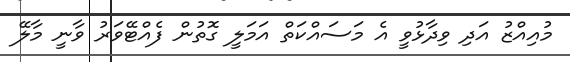
މުއިއްޒު އަދި ވިދާޅުވީ އެ މަސައްކަތް އަމަލީ ގޮތުން ފެއްޓޭވަރު ވާނީ މާލޭ